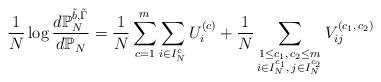
LaTeX: \begin{align*}\frac{1}{N}\log\frac{d\mathbb{P}_{N}^{\tilde{b},\tilde{\Gamma}}}{d\mathbb{P}_{N}}=\frac{1}{N}\sum_{c=1}^{m}\sum_{i\in I_{N}^{c}}U_{i}^{(c)}+\frac{1}{N}\sum_{\substack{\substack{1\le c_{1},\,c_{2}\le m\\i\in I_{N}^{c_{1}},\,j\in I_{N}^{c_{2}}}}}V_{ij}^{(c_{1},\,c_{2})}\end{align*}